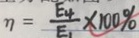
n = \frac { E _ { 4 } } { E _ { 1 } } \times 1 0 0 \%